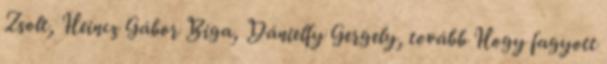
Zsolt, Heincz Gábor Biga, Dánielfy Gergely, tovább Hogy fagyott